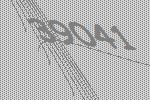
39041